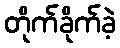
တိုက်ခိုက်ခဲ့